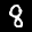
Label: 8